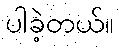
ပါခဲ့တယ်။